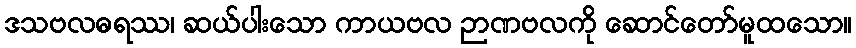
ဒသဗလဓရဿ၊ ဆယ်ပါးသော ကာယဗလ ဉာဏဗလကို ဆောင်တော်မူထသော။